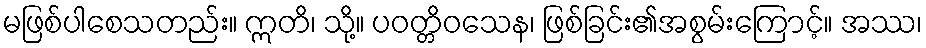
မဖြစ်ပါစေသတည်း။ ဣတိ၊ သို့။ ပဝတ္တိဝသေန၊ ဖြစ်ခြင်း၏အစွမ်းကြောင့်။ အဿ၊